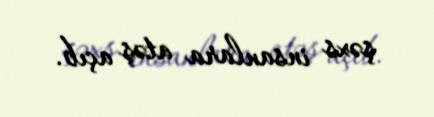
şəxs insanlara atəş açıb.